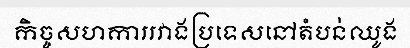
កិច្ចសហការរវាងប្រទេសនៅតំបន់ឈូង